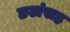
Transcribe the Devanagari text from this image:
छटांसह